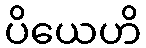
ပိယေဟိ